Report on horse surra - Volume I
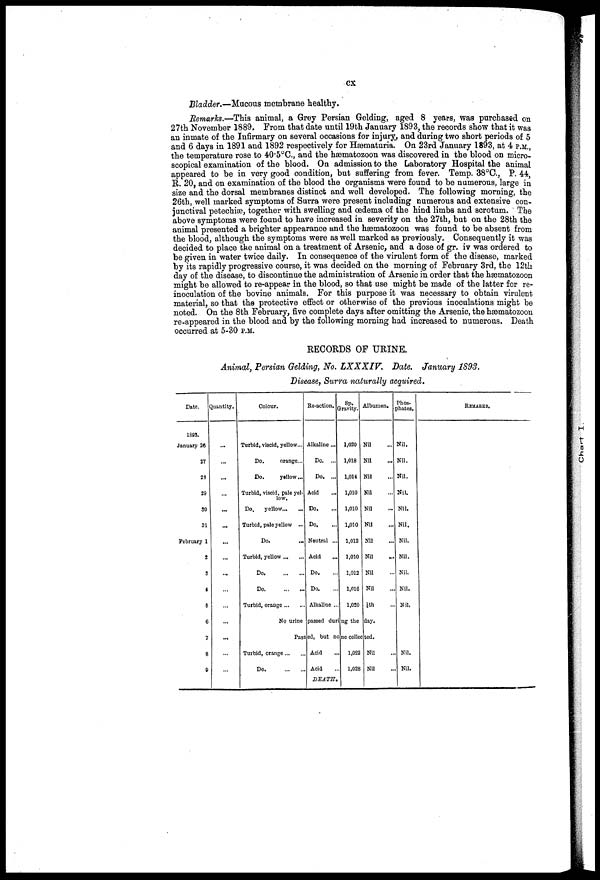
cx
Bladder.—Mucous membrane healthy.
Remarks.—This animal, a Grey Persian Gelding, aged 8 years, was purchased on
27th November 1889. From that date until 19th January 1893, the records show that it was
an inmate of the Infirmary on several occasions for injury, and during two short periods of 5
and 6 days in 1891 and 1892 respectively for Hæmaturia. On 23rd January 1893, at 4 P.M.,
the temperature rose to 40.5°C, and the hæmatozoon was discovered in the blood on micro-
scopical examination of the blood. On admission to the Laboratory Hospital the animal
appeared to be in very good condition, but suffering from fever. Temp. 38°C, P. 44,
R. 20, and on examination of the blood the organisms were found to be numerous, large in
size and the dorsal membranes distinct and well developed. The following morning, the
26th, well marked symptoms of Surra were present including numerous and extensive con-
junctival petechiæ, together with swelling and oedema of the hind limbs and scrotum. The
above symptoms were found to have increased in severity on the 27th, but on the 28th the
animal presented a brighter appearance and the hæmatozoon was found to be absent from
the blood, although the symptoms were as well marked as previously. Consequently it was
decided to place the animal on a treatment of Arsenic, and a dose of gr. iv was ordered to
be given in water twice daily. In consequence of the virulent form of the disease, marked
by its rapidly progressive course, it was decided on the morning of February 3rd, the 12th
day of the disease, to discontinue the administration of Arsenic in order that the hæmatozoon
might be allowed to re-appear in the blood, so that use might be made of the latter for re-
inoculation of the bovine animals. For this purpose it was necessary to obtain virulent
material, so that the protective effect or otherwise of the previous inoculations might be
noted. On the 8th February, five complete days after omitting the Arsenic, the hæmatozoon
re-appeared in the blood and by the following morning had increased to numerous. Death
occurred at 5-30 P.M.
RECORDS OF URINE.
Animal, Persian Gelding, No. LXXXIV,
Bate. January 1S93.
Disease, Surra naturally acquired.
Date,
1893.
January 26
27
23
29
30
31
February 1
2
3
4
5
6
7
8
9
Quantity.
...
...
...
...
...
...
...
...
...
...
...
Colour.
Turbid, viscid, yellow...
Do.
orange...
Do.
yellow...
Turbid, viscid, pale yel-
low.
Do,
yellow...
Turbid, pale yellow ...
Do.
Turbid, yellow ...
Do
Do
Turbid, orange
Re-action.
Alkaline ...
Do. ...
Do. ...
Acid
Do.
Do.
Neutral ...
Acid
...
Do.
Do.
Alkaline ..
Sp.
Gravity.
1,020
1,018
1,014
1,010
1,010
1,010
1,012
1,010
1,012
1,016
1,020
Albumen.
Nil
Nil
Nil
Nil
Nil
Nil
Nil
Nil
Nil
Nil
1/4th
No urinepassed durng theday.
Phos-
phates.
Nil.
Nil.
Nil.
Nil.
Nil.
Nil.
Nil.
Nil.
Nil.
Nil.
Nil.
Passed, but none collected.
Turbid, orange
Do
Acid
Acid
DEATH.
1,022
1,028
Nil
Nil
Nil.
Nil.
REMARKS.